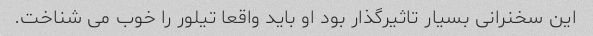
این سخنرانی بسیار تاثیرگذار بود او باید واقعا تیلور را خوب می شناخت.